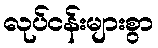
လုပ်ငန်းများစွာ